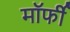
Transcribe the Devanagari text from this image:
मॉर्फी